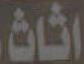
اثاث